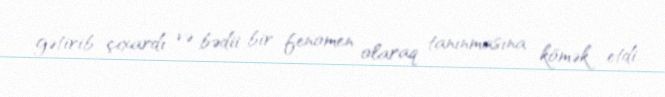
gətirib çıxardı və bədii bir fenomen olaraq tanınmasına kömək etdi.